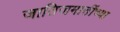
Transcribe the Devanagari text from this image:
जातिजमातींच्या